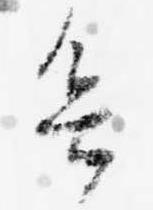
欲